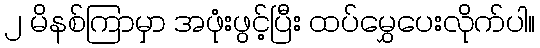
၂ မိနစ်ကြာမှာ အဖုံးဖွင့်ပြီး ထပ်မွှေပေးလိုက်ပါ။